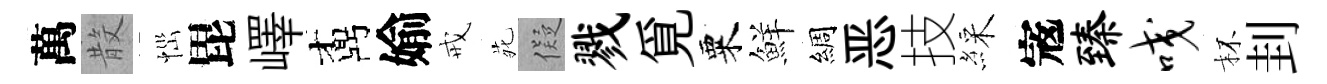
萬𣪚𢙉毘嶧鼒媮戒𫟍儗戮覓粟鮮綢恶技綵𡨥臻咬杯刲